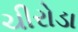
ચીરોડા